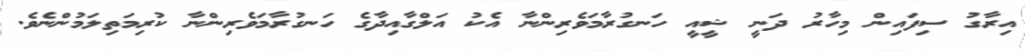
އިރާގު ސިފައިން މިހާރު ދަނީ ޝީއީ ހަނގުރާމަވެރިންނާ އެކު އަލްގާއިދާގެ ހަނގުރާމަވެރިންނާ ކުރިމަތިލަމުންނެވެ.